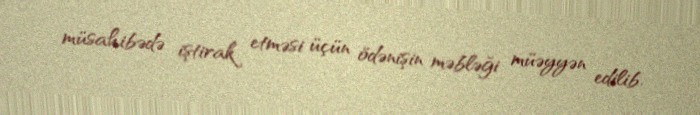
müsahibədə iştirak etməsi üçün ödənişin məbləği müəyyən edilib.